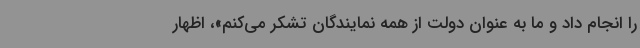
را انجام داد و ما به عنوان دولت از همه نمایندگان تشکر می‌کنم»، اظهار